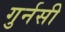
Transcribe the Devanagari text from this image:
गुर्नसी